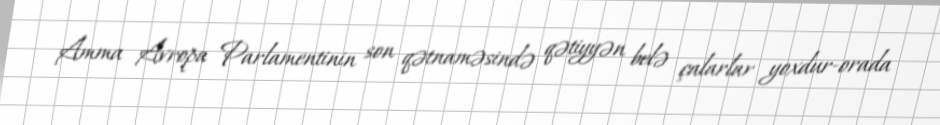
Amma Avropa Parlamentinin son qətnaməsində qətiyyən belə çalarlar yoxdur-orada